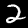
Label: 2